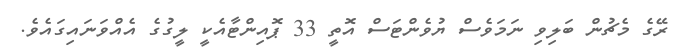
ރޭގެ މެޗުން ބަލިވި ނަމަވެސް ޔުވެންޓަސް އޮތީ 33 ޕޮއިންޓާއެކީ ލީގުގެ އެއްވަނައިގައެވެ.